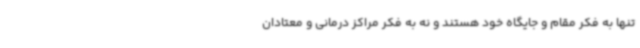
تنها به فکر مقام و جایگاه خود هستند و نه به فکر مراکز درمانی و معتادان